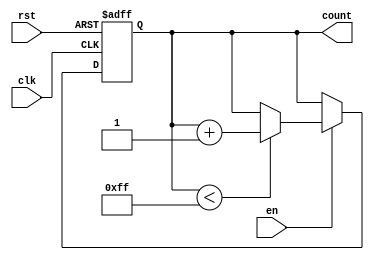
module IncrementalCounter #(
    parameter MAX_VAL = 8'hFF  // Parameterized maximum value (8-bit)
)(
    input wire clk,             // Clock signal
    input wire rst,             // Asynchronous reset
    input wire en,              // Enable signal
    output reg [7:0] count      // Current count value (8-bit)
);

    // Memory block to store the count value
    reg [7:0] memory_block;      // 8-bit memory block

    // Asynchronous reset
    always @(posedge clk or posedge rst) begin
        if (rst) begin
            memory_block <= 8'b0; // Reset memory block to 0
        end else if (en) begin
            if (memory_block < MAX_VAL) begin
                memory_block <= memory_block + 1; // Increment count
            end
            // If memory_block == MAX_VAL, it holds its value
        end
    end

    // Assign the current count value to output
    always @(*) begin
        count = memory_block; // Output the current count value
    end

endmodule